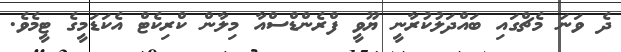
ދެ ވަނަ މެޗްގައި ބައްދަލުކުރާނީ ޔޫވީ ފްރެންޑްސްއާ މިލާން ކްރިކެޓް އެކަޑަމީގެ ޓީމެވެ.